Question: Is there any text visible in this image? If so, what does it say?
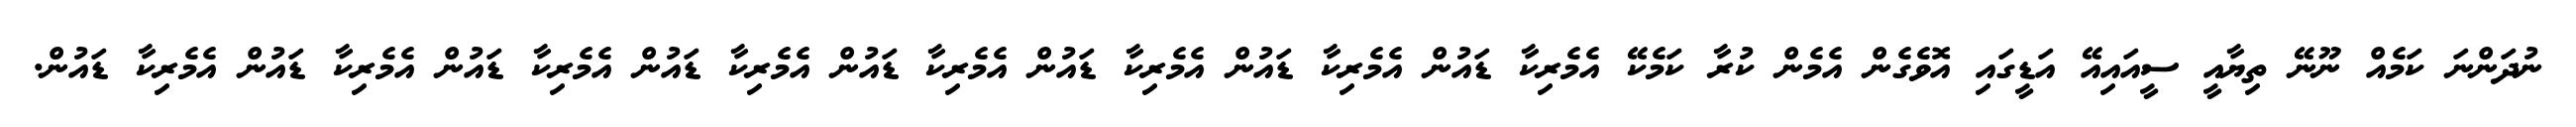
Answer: ނުދަންނަ ކަމެއް ނޫނޭ ތިޔާއީ ސީއައިއޭ އަޑީގައި އޮވެގެން އެމެން ކުރާ ކަމެކޭ އެމެރިކާ ޑައުން އެމެރިކާ ޑައުން އެމެރިކާ ޑައުން އެމެރިކާ ޑައުން އެމެރިކާ ޑައުން އެމެރިކާ ޑައުން އެމެރިކާ ޑައުން އެމެރިކާ ޑައުން.